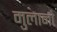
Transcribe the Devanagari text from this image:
मुलानो